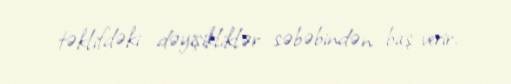
təklifdəki dəyişikliklər səbəbindən baş verir.